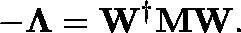
- \mathbf { \Lambda } = \mathbf { W } ^ { \dagger } \mathbf { M } \mathbf { W } .